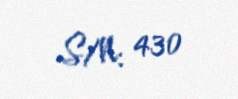
S/N: 430